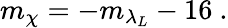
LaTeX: m_{\chi}=-m_{\lambda_{L}}-16~.